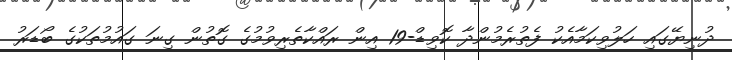
ދުނިޔޭގައި ހަލުވިކަމާއެކު ފެތުރެމުންދާ ކޮވިޑް-19 އިން ރައްކާތެރިވުމުގެ ގޮތުން ގިނަ ގައުމުތަކުގެ ބޯޑަރު